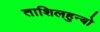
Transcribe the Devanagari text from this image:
ताशिलहुन्बो